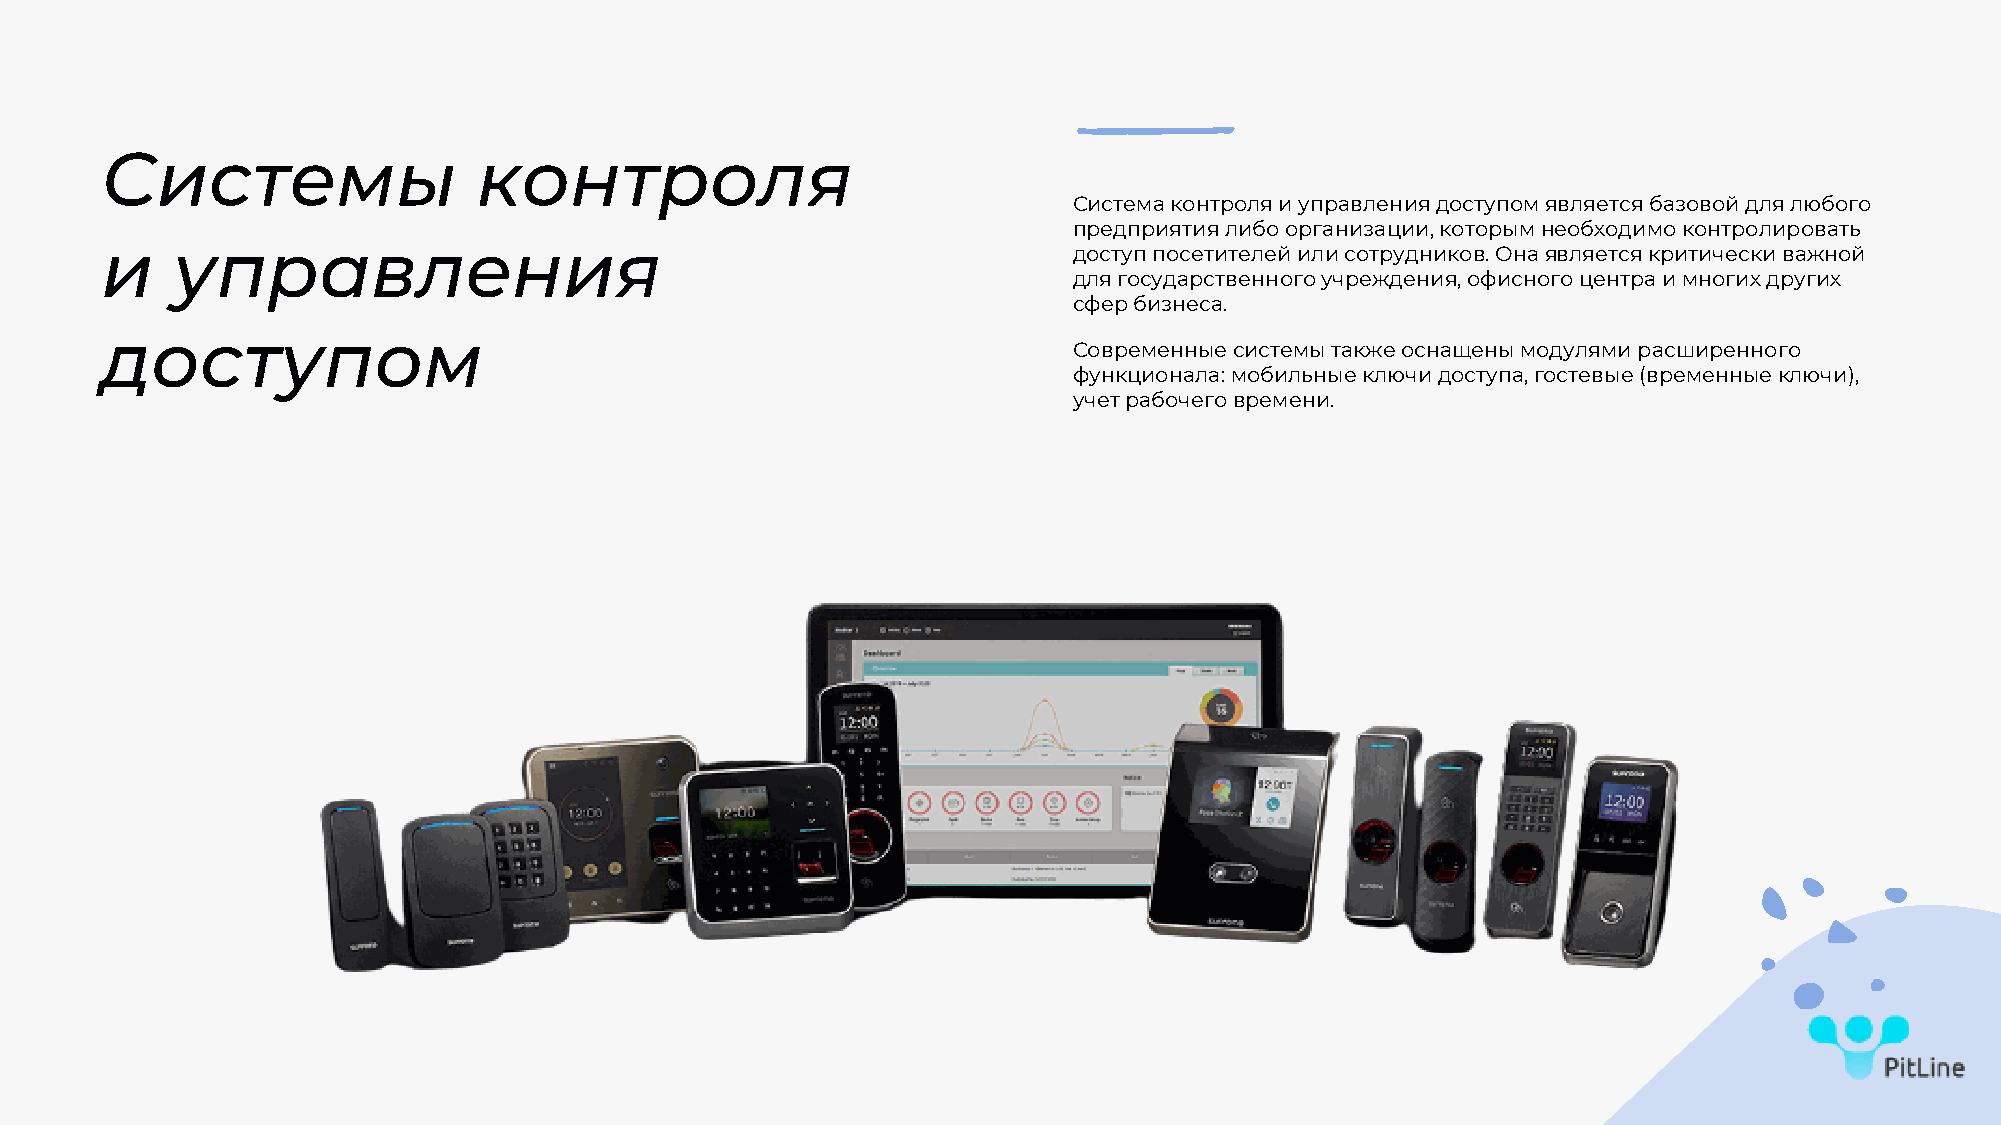
Системы                  контроля
 Система контроля и управления доступом является базовой для любого
 предприятия либо организации, которым необходимо контролировать
 и   управления                                                  доступ посетителей или сотрудников. Она является критически важной
 для государственного учреждения, офисного центра и многих других
 сфер бизнеса.
 доступом
 Современные системы также оснащены модулями расширенного
 функционала: мобильные ключи доступа, гостевые (временные ключи),
 учет рабочего времени.